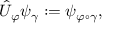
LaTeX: { \hat { U } } _ { \varphi } \psi _ { \gamma } : = \psi _ { \varphi \circ \gamma } ,